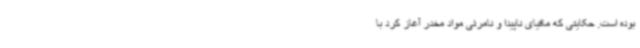
بوده‌ است. حکایتی که مافیای ناپیدا و نامرئی مواد مخدر آغاز کرد با